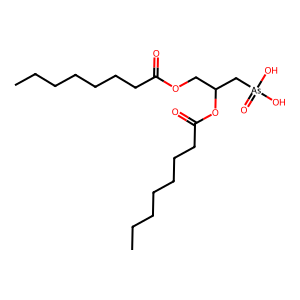
SMILES: CCCCCCCC(=O)OCC(C[As](=O)(O)O)OC(=O)CCCCCCC
Inhibits HIV replication: No